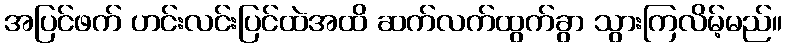
အပြင်ဖက် ဟင်းလင်းပြင်ထဲအထိ ဆက်လက်ထွက်ခွာ သွားကြလိမ့်မည်။